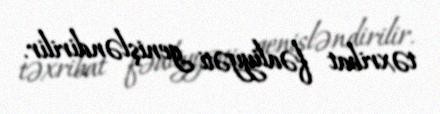
təxribat fəaliyyəti genişləndirilir.